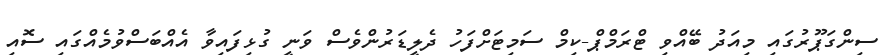
ސިންގަޕޫރުގައި މިއަދު ބޭއްވި ޓްރަމްޕް-ކިމް ސަމިޓަށްފަހު ދެލީޑަރުންވެސް ވަނީ ގުޅިފައިވާ އެއްބަސްވުމެއްގައި ސޮއި